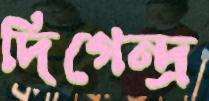
দিগেন্দ্র